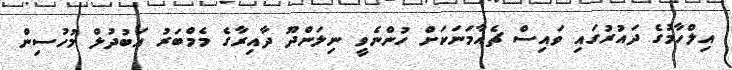
އިލްހާމުގެ ދައުރުގައި ވައިސް ޗެއާމަނަކަށް ހުންނެވީ ނިލަންދޫ ދާއިރާގެ މެމްބަރު އަބުދުލް މުހުސިން